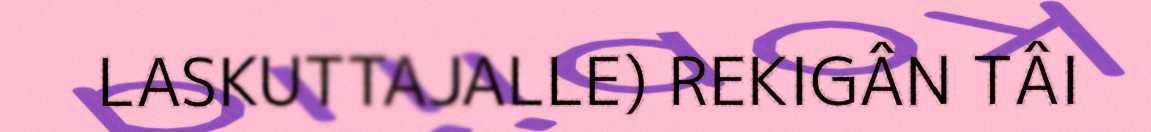
LASKUTTAJALLE) REKIGÂN TÂI